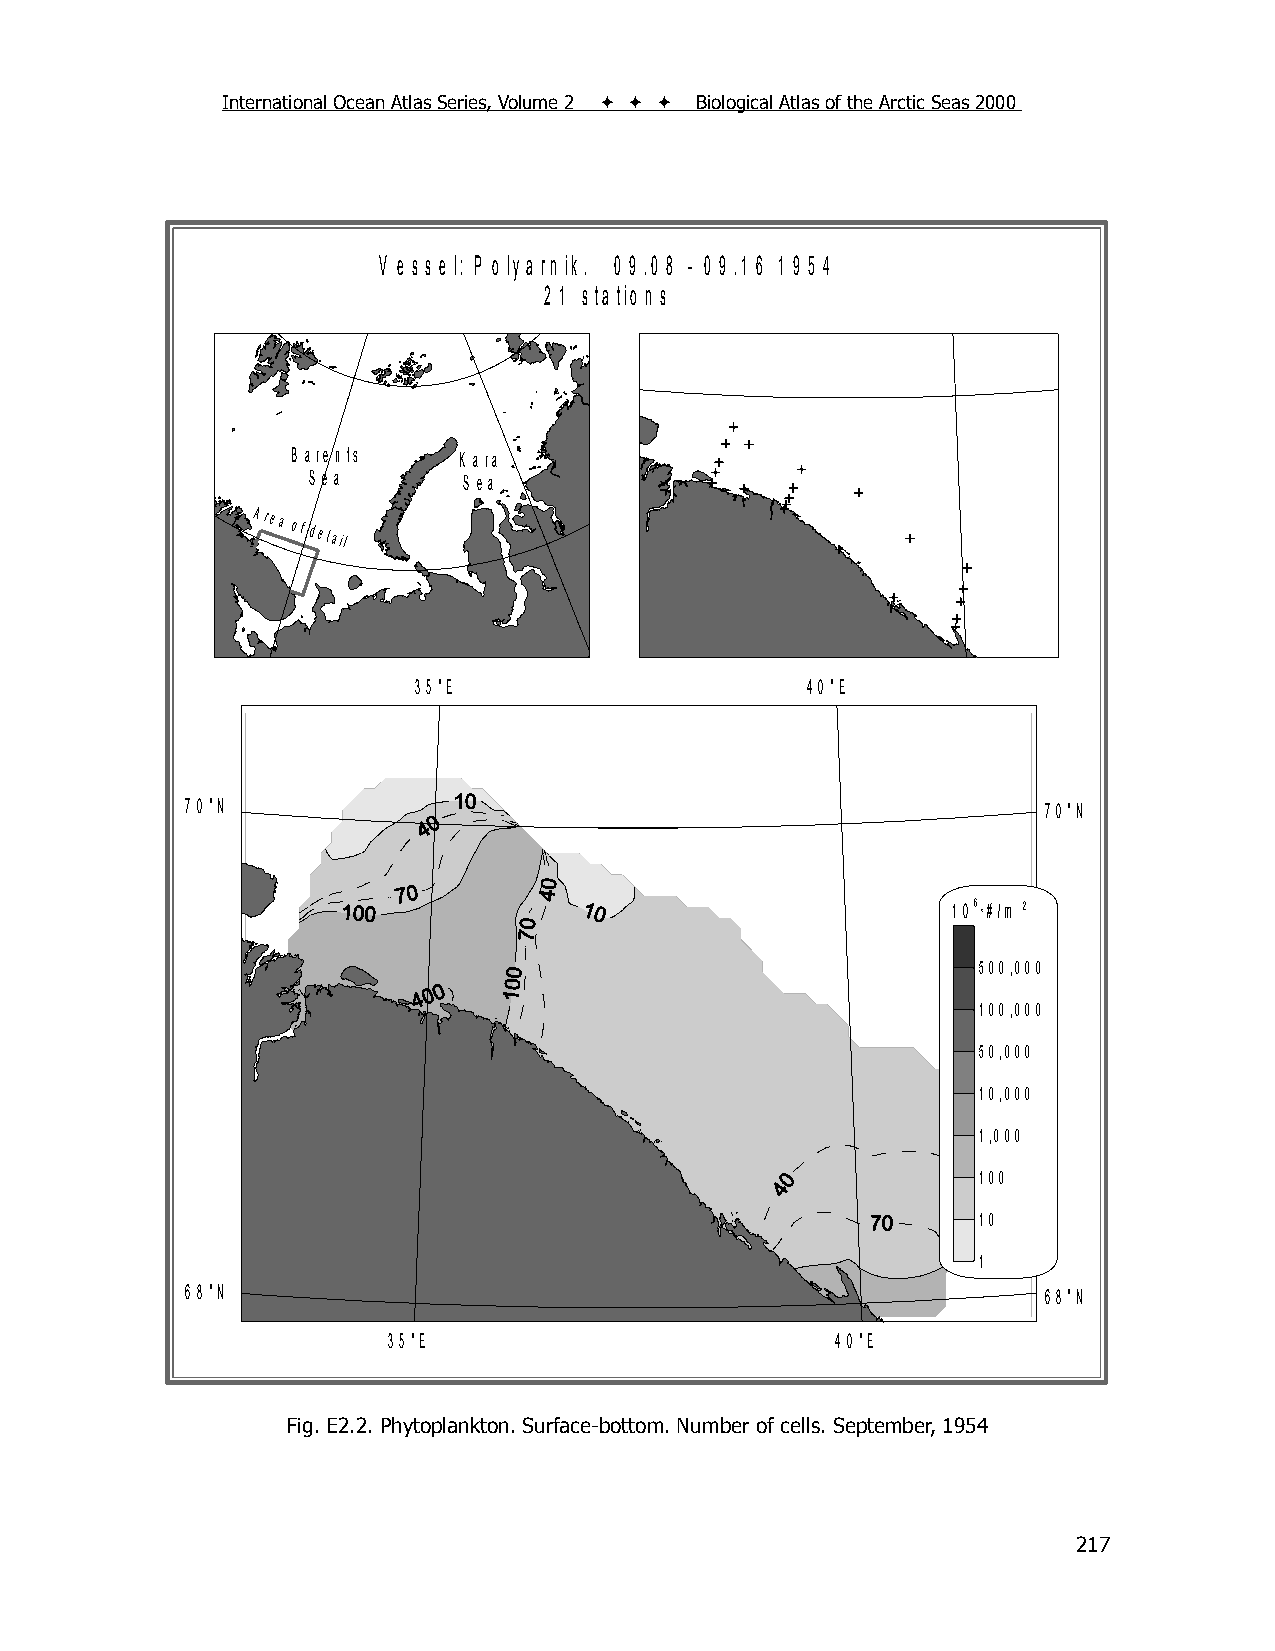
International Ocean Atlas Series, Volume 2    Biological Atlas of the Arctic Seas 2000
 V e s s e l: P o ly a rn ik . 0 9 .0 8 - 0 9 .1 6 1 9 5 4
 2 1 s ta tio n s
 B a re n ts K a ra
 S e a      S e a
 Area
 of detail
 3 5 °E                    4 0 °E
 7 0 °N                                                   7 0 °N
 1 06 *# /m 2
 500,000
 100,000
 50,000
 10,000
 1,000
 100
 10
 1
 6 8 °N                                                   6 8 °N
 3 5 °E                       4 0 °E
 Fig. E2.2. Phytoplankton. Surface-bottom. Number of cells. September, 1954
 217